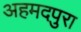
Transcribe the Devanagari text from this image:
अहमदपुरा